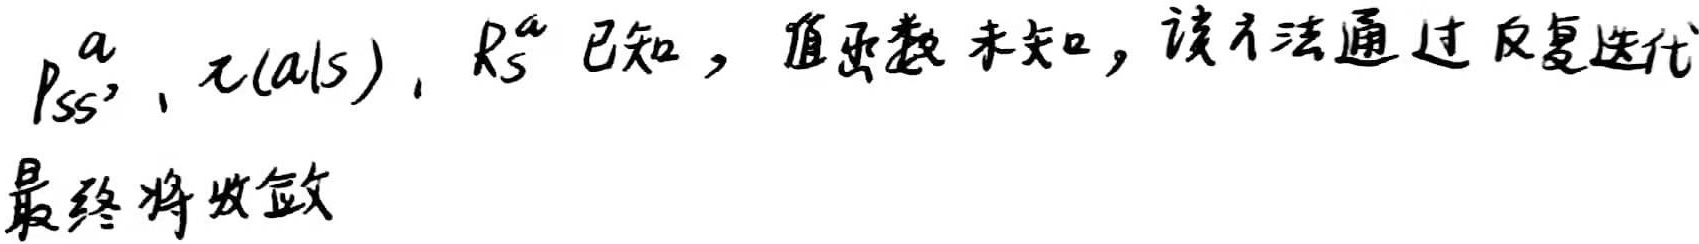
$P_{ss'}^{a}, \pi(a|s), R_{s}^{a}$已知，值函数未知，该方法通过反复迭代最终将收敛